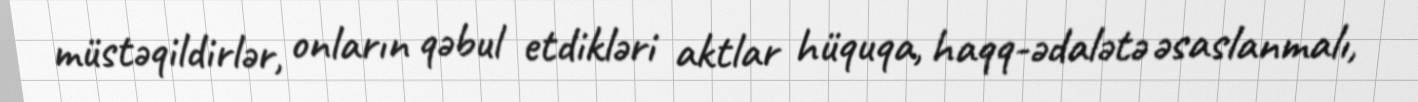
müstəqildirlər, onların qəbul etdikləri aktlar hüquqa, haqq-ədalətə əsaslanmalı,